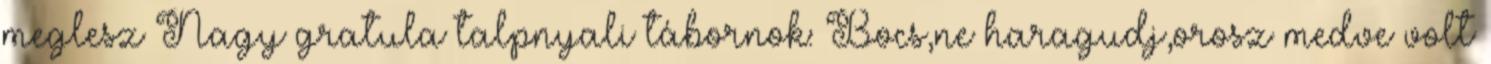
meglesz Nagy gratula talpnyali tábornok: Bocs,ne haragudj,orosz medve volt